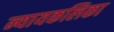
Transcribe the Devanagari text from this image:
न्यायकलिका